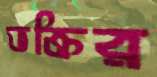
ভক্তির